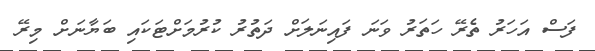
ފަސް އަހަރު ތެރޭ ހަތަރު ވަނަ ފައިނަލަށް ދަތުރު ކުރުމަށްޓަކައި ބަޔާނަށް މިރޭ